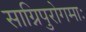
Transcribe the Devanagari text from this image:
साग्निपुरोगमाः